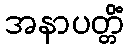
အနာပတ္တိံ